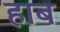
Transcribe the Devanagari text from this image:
हाब